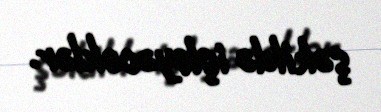
şəkildə işləyəcəklər.